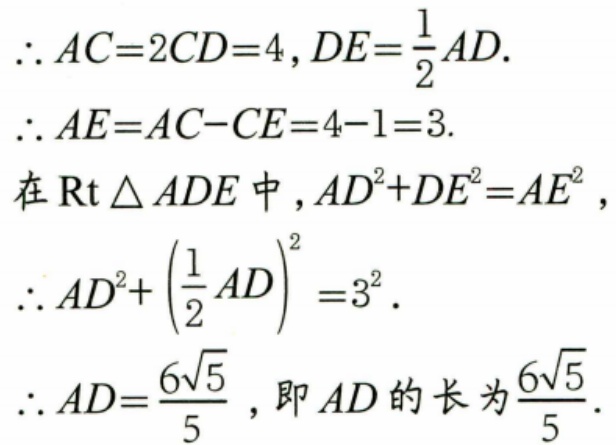
\(\therefore AC = 2CD = 4,DE=\frac{1}{2}AD.\)
\(\therefore AE=AC - CE = 4 - 1 = 3.\)
在\(\text{Rt}\triangle ADE\)中，\(AD^{2}+DE^{2}=AE^{2}\)，
\(\therefore AD^{2}+\left(\frac{1}{2}AD\right)^{2}=3^{2}.\)
\(\therefore AD = \frac{6\sqrt{5}}{5}\)，即\(AD\)的长为\(\frac{6\sqrt{5}}{5}\).